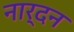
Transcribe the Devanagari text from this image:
नार्दन